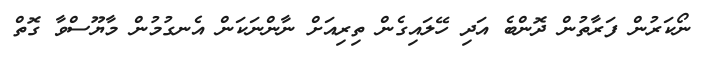
ނޯކަރުން ފަރާތުން ދޮންބެ އަދި ހޭލައިގެން ތިރިއަށް ނާންނަކަން އެނގުމުން މާޔޫސްވާ ގޮތް